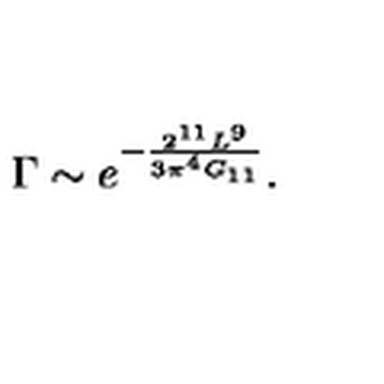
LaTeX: \Gamma \sim e ^ { - \frac { 2 ^ { 1 1 } L ^ { 9 } } { 3 \pi ^ { 4 } G _ { 1 1 } } } .